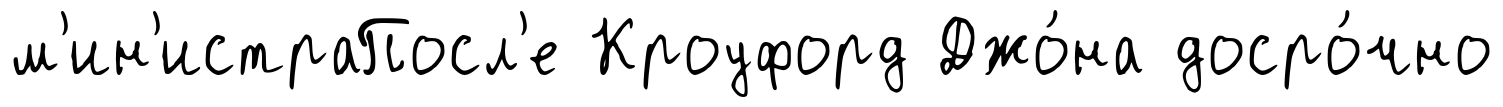
м'ин'истраПосл'е Кроуфорд Джо́на досро́чно